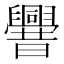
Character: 𰯼